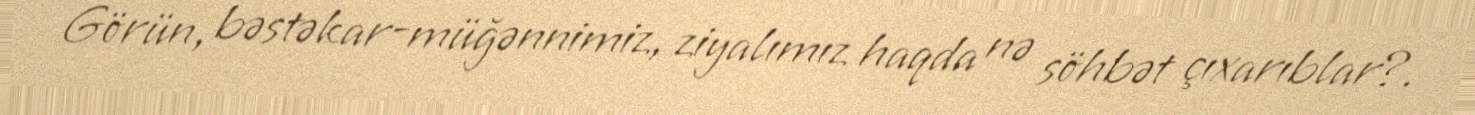
Görün, bəstəkar-müğənnimiz, ziyalımız haqda nə söhbət çıxarıblar?.